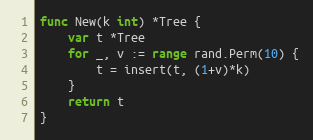
Language: Go
func New(k int) *Tree {
	var t *Tree
	for _, v := range rand.Perm(10) {
		t = insert(t, (1+v)*k)
	}
	return t
}